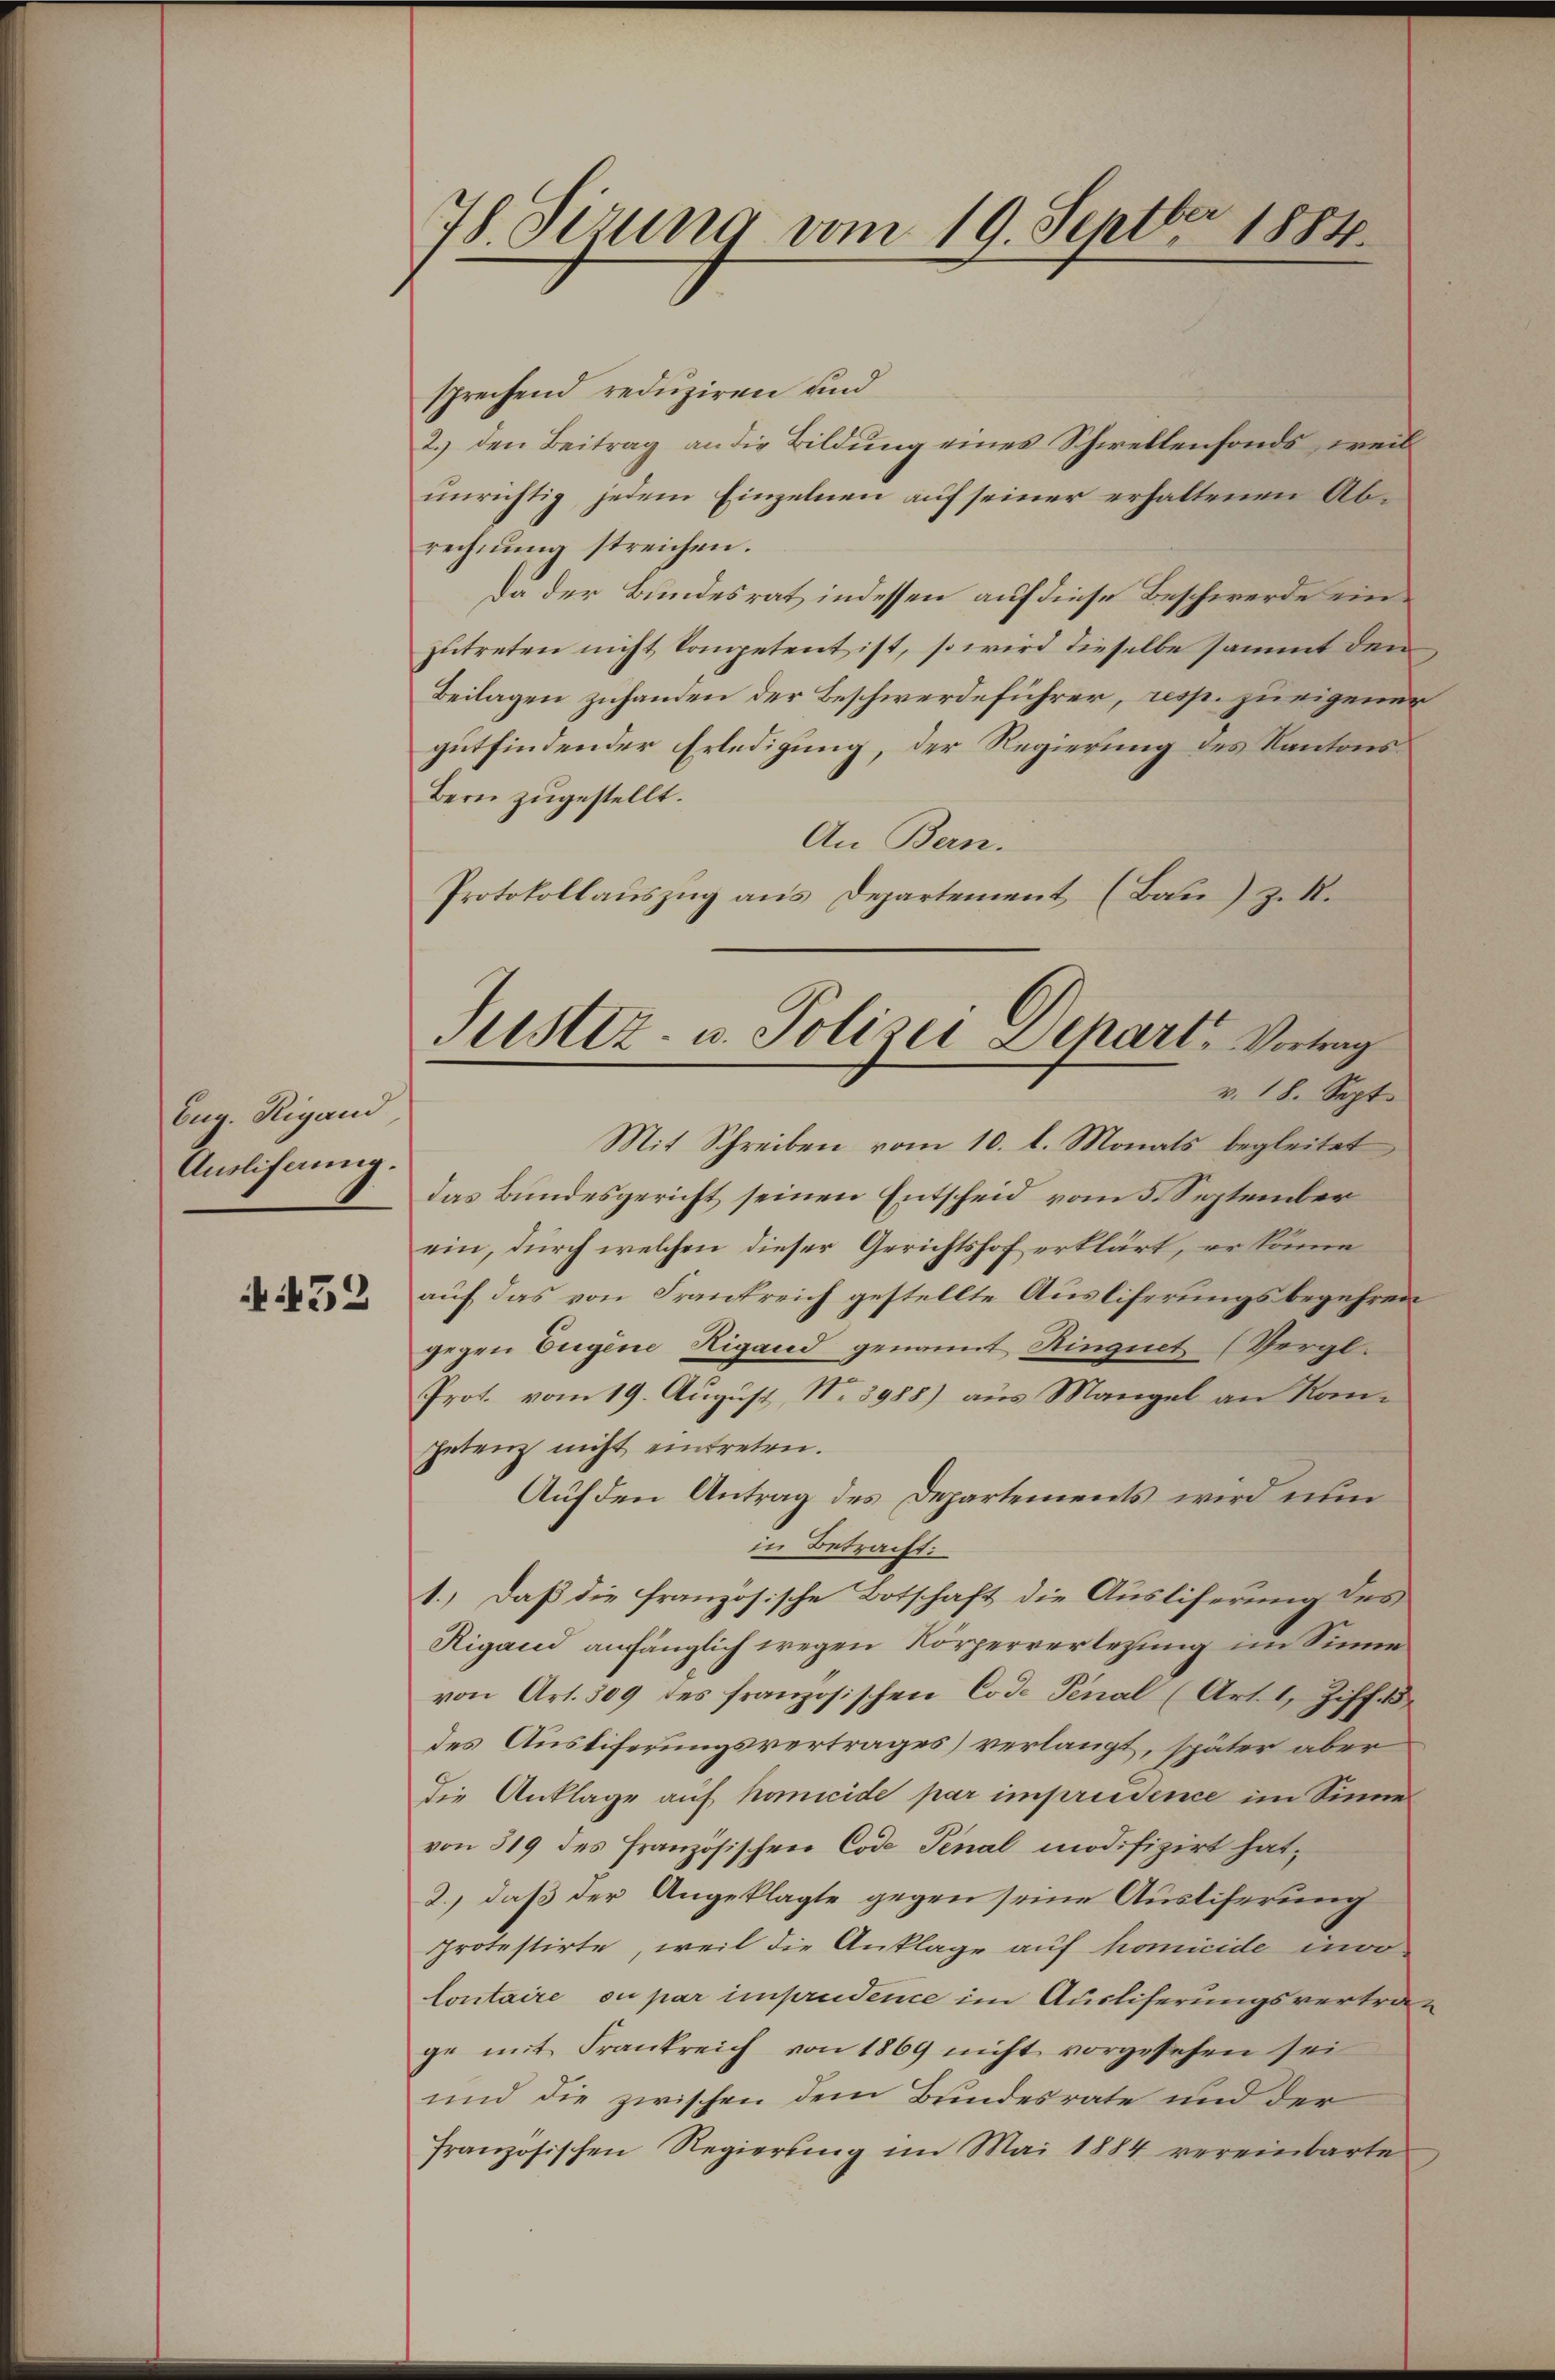
Eug. Rigand,
Auslifaung.

N 52

78. Sizung vom 19. Septbr 1884.

ustiz- u. Polizei Depart, Vortrag
v. 18. Sept.

sprechend reduziren und
2. den Beitrag an die Bildung eines Schwellenfonds, weil
unrichtig jedem Einzelnen auf seiner erhaltenen Abrechnung streichen.
Da der Bundesrat indessen auf diese Beschwerde einzutreten nicht kompetent ist, so wird dieselbe sammt den
Beilagen zuhanden der Beschwerdeführer, resp. zu eigener
gutfindender Erledigung, der Regierung des Kantons¬
Bern zugestellt.
An Bern.
Protokollauszug aus Departement (Bau) z. R.
Mit Schreiben vom 10. l. Monats begleitet
das Bundesgericht seinen Entscheid vom 5. September
ein, durch welchen dieser Gerichtshof erklärt, er könne
auf das von Frankreich gestellte Auslieferungsbegehren
gegen Eugene Rigand genannt Singuet (Vergl.
Prot. vom 19. August, Nr. 3988) aus Mangel an Kanpetenz nicht eintreten.
Auf den Antrag des Departements wird nun
in Betracht:
1.) Daß die französische Botschaft die Ausliferung des
Rigand anfänglich wegen Körperverlegung im Sinne
von Art. 509 des französischen Code Penal (Art. 1, Ziff. 5
des Austiferungsvertrages) verlangt, später aber
die Anklage auf homicide par impreedence im Sinne
von 319 des Französischen Code Tenal modifizirt hat,
2.) daß der Angeklagte gegen seine Ausliserung
Protestirte, weil die Anklage auf homicide invo
Contaire ou par imprudence im Ausliferungsvertrage mit Frankreich von 1869 nicht vorgesehen sei
und die zwischen dem Bundesrate und der
französischen Regierung im Mai 1884 vereinbarte